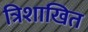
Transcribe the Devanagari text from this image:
त्रिशाखित